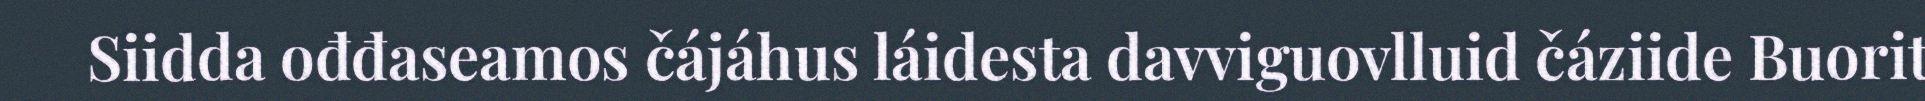
Siidda ođđaseamos čájáhus láidesta davviguovlluid čáziide Buorit